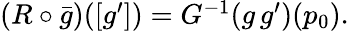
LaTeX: \begin{array}{r}{(R\circ\bar{g})([g^{\prime}])=G^{-1}(g\, g^{\prime})(p_{0}).}\end{array}